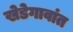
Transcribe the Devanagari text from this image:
खेडेगावांत